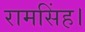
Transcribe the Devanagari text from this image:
रामसिंह।